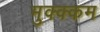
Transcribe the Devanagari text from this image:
मुक्क्कम